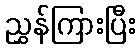
ညွှန်ကြားပြီး